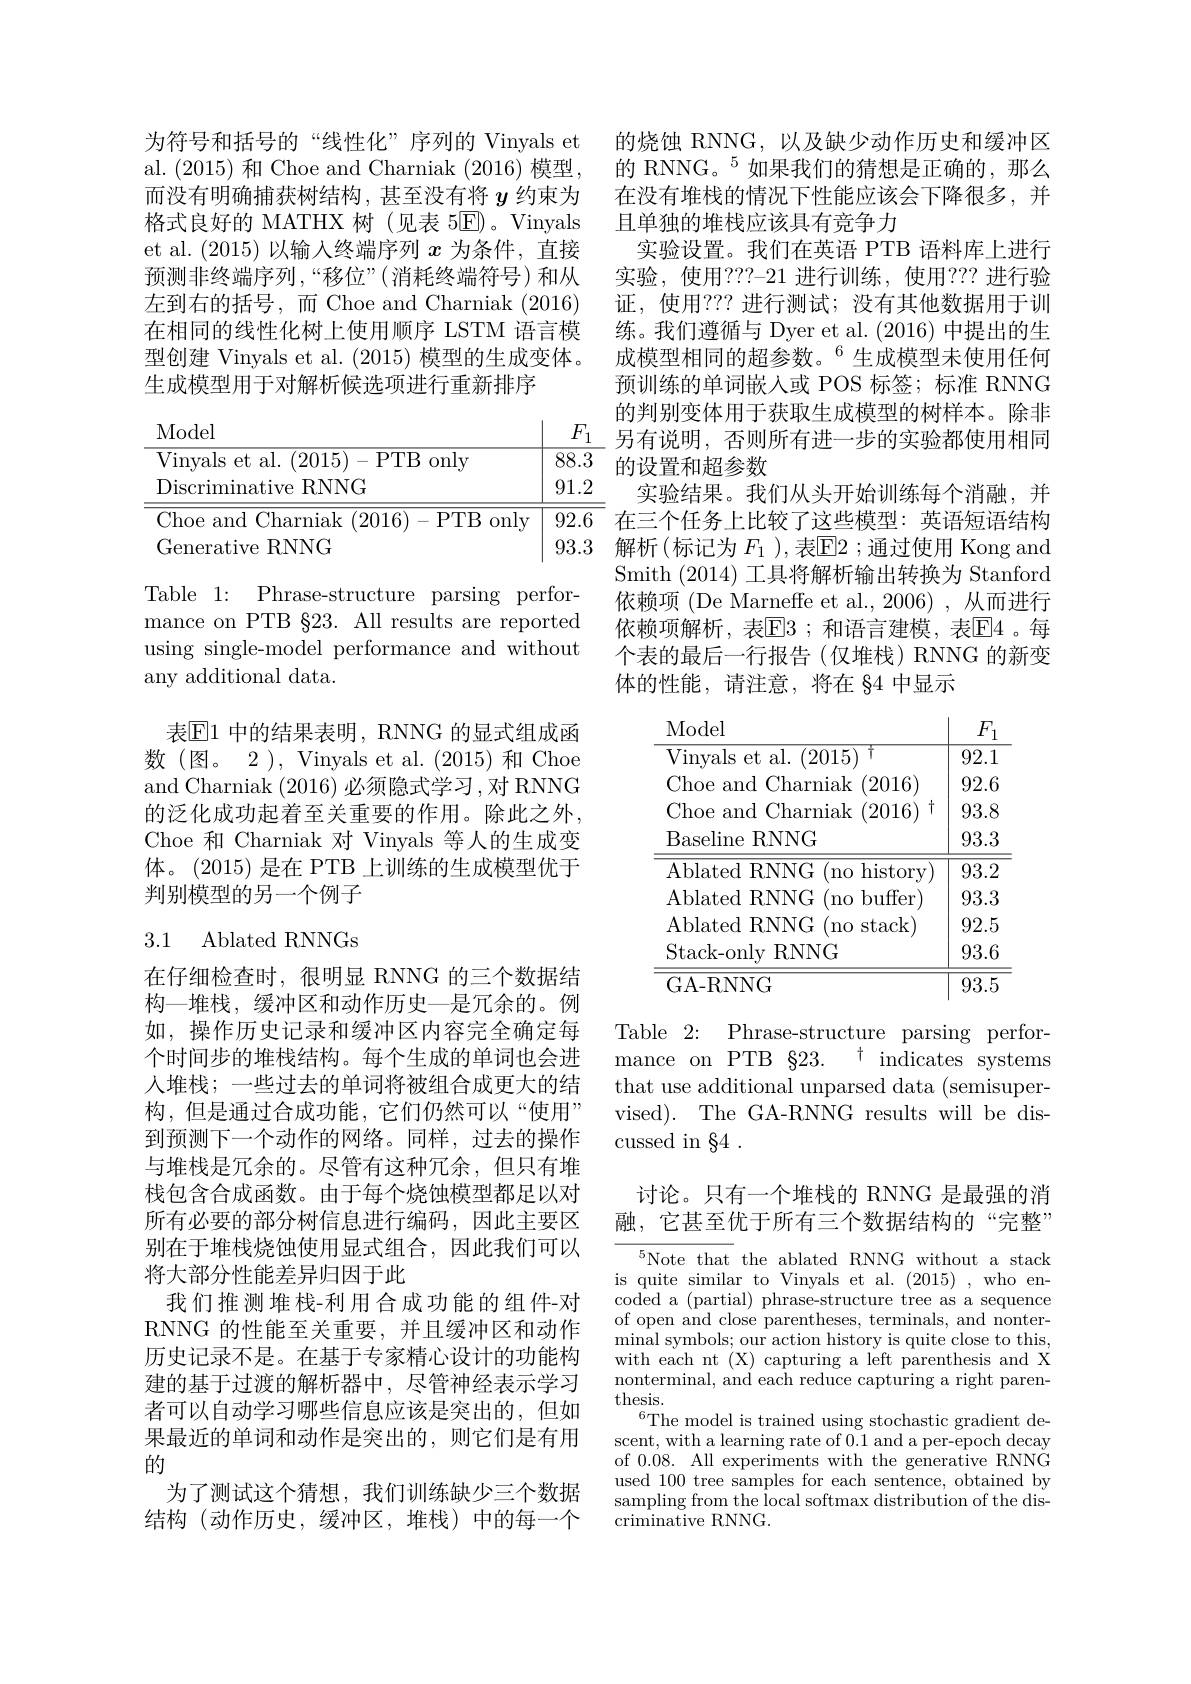
为符号和括号的“线性化”序列的 Vinyals et al. (2015) 和 Choe and Charniak (2016) 模型， 而没有明确捕获树结构，甚至没有将$y$约束为格式良好的 MATHX 树(见表 5$\overline{\mathrm{E}})$。Vinyals et al. (2015)以输入终端序列$x$为条件，直接预测非终端序列，“移位”(消耗终端符号)和从左到右的括号，而 Choe and Charniak (2016) 在相同的线性化树上使用顺序 LSTM 语言模型创建 Vinyals et al. (2015)模型的生成变体。生成模型用于对解析候选项进行重新排序

<table>
	<tbody>
		<tr>
			<td>Discriminative RNNG</td>
			<td>91.2</td>
		</tr>
		<tr>
			<td>Choe and Charniak <(2016) 1-PTB onl</td>
			<td>92.6</td>
		</tr>
		<tr>
			<td>Generative RNNG</td>
			<td>93.3</td>
		</tr>
	</tbody>
</table>

Table 1: Phrase-structure parsing performance on PTB §23. All results are reported using single-model performance and without any additional data.

表区1 中的结果表明 , RNNG 的显式组成函数(图。2 ), Vinyals et al. (2015) 和 Choe and Charniak (2016) 必须隐式学习 ,对 RNNG 的泛化成功起着至关重要的作用。除此之外， Choe 和 Charniak 对 Vinyals 等人的生成变体。(2015) 是在 PTB 上训练的生成模型优于判别模型的另一个例子

## 3.1 Ablated RNNGs

在仔细检查时，很明显 RNNG 的三个数据结构—堆栈，缓冲区和动作历史—是冗余的。例如，操作历史记录和缓冲区内容完全确定每个时间步的堆栈结构。每个生成的单词也会进人堆栈；一些过去的单词将被组合成更大的结构，但是通过合成功能，它们仍然可以“使用” 到预测下一个动作的网络。同样，过去的操作与堆栈是冗余的。尽管有这种冗余，但只有堆栈包含合成函数。由于每个烧蚀模型都足以对所有必要的部分树信息进行编码，因此主要区别在于堆栈烧蚀使用显式组合，因此我们可以将大部分性能差异归因于此
我们推测堆栈-利用合成功能的组件-对RNNG 的性能至关重要，并且缓冲区和动作历史记录不是。在基于专家精心设计的功能构建的基于过渡的解析器中，尽管神经表示学习者可以自动学习哪些信息应该是突出的，但如果最近的单词和动作是突出的，则它们是有用的
为了测试这个猜想，我们训练缺少三个数据结构(动作历史，缓冲区，堆栈)中的每一个

的烧蚀 RNNG,以及缺少动作历史和缓冲区的 RNNG。$^{5}$如果我们的猜想是正确的，那么在没有堆栈的情况下性能应该会下降很多，并且单独的堆栈应该具有竞争力
实验设置。我们在英语 PTB 语料库上进行实验，使用？??-21 进行训练，使用？?? 进行验证，使用？?? 进行测试；没有其他数据用于训练。我们遵循与 Dyer et al. (2016) 中提出的生成模型相同的超参数。$^{6}$生成模型未使用任何预训练的单词嵌入或 POS 标签；标准 RNNG 的判别变体用于获取生成模型的树样本。除非另有说明，否则所有进一步的实验都使用相同的设置和超参数
实验结果。我们从头开始训练每个消融，并在三个任务上比较了这些模型：英语短语结构解析(标记为 $F_1$ ),表$\mathbb{E}$2;通过使用 Kong and Smith (2014)工具将解析输出转换为 Stanford 依赖项 (De Marneffe et al.,2006) ,从而进行依赖项解析，表$\mathbb{E}$3;和语言建模，表$\mathbb{E}$4。每个表的最后一行报告(仅堆栈)RNNG 的新变体的性能，请注意，将在$\S$4 中显示

<table>
	<tbody>
		<tr>
			<th>Model</th>
			<th>$F$ 1</th>
		</tr>
		<tr>
			<td>Vinvals et al. (2015) T</td>
			<td>92.1</td>
		</tr>
		<tr>
			<td>Choe and Charniak (2016)</td>
			<td>92.6</td>
		</tr>
		<tr>
			<td>Choe and Charniak (2016)</td>
			<td>93.8</td>
		</tr>
		<tr>
			<td>Baseline RNNG</td>
			<td>93.3</td>
		</tr>
		<tr>
			<td>Ablated RNNG (no historv)</td>
			<td>93.2</td>
		</tr>
		<tr>
			<td>Ablated $\mathbf{RNNG}$ (no buffer)</td>
			<td>93.3</td>
		</tr>
		<tr>
			<td>Ablated RNNG ( nostack) </td>
			<td>92.5</td>
		</tr>
		<tr>
			<td>Stack-only RNNG</td>
			<td>93.6</td>
		</tr>
		<tr>
			<td>GA-RNNG</td>
			<td>93.5</td>
		</tr>
	</tbody>
</table>

Table 2: Phrase-structure parsing performance on PTB $\S 23.$ $\dagger$ indicates systems that use additional unparsed data (semisupervised). The GA-RNNG results will be discussed in §4 .

# 讨论。只有一个堆栈的 RNNG 是最强的消融，它甚至优于所有三个数据结构的“完整”

$^5$Note that the ablated RNNG without a stack is quite similar to Vinyals et al. (2015) , who encoded a (partial) phrase-structure tree as a sequence of open and close parentheses, terminals, and nonterminal symbols; our action history is quite close to this, with each nt (X) capturing a left parenthesis and X nonterminal, and each reduce capturing a right parenthesis.
The model is trained using stochastic gradient descent, with a learning rate of 0.1 and a per-epoch decay of 0.08. All experiments with the generative RNNG used 100 tree samples for each sentence, obtained by sampling from the local softmax distribution of the discriminative RNNG.